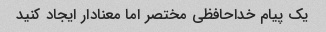
یک پیام خداحافظی مختصر اما معنادار ایجاد کنید